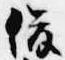
俊